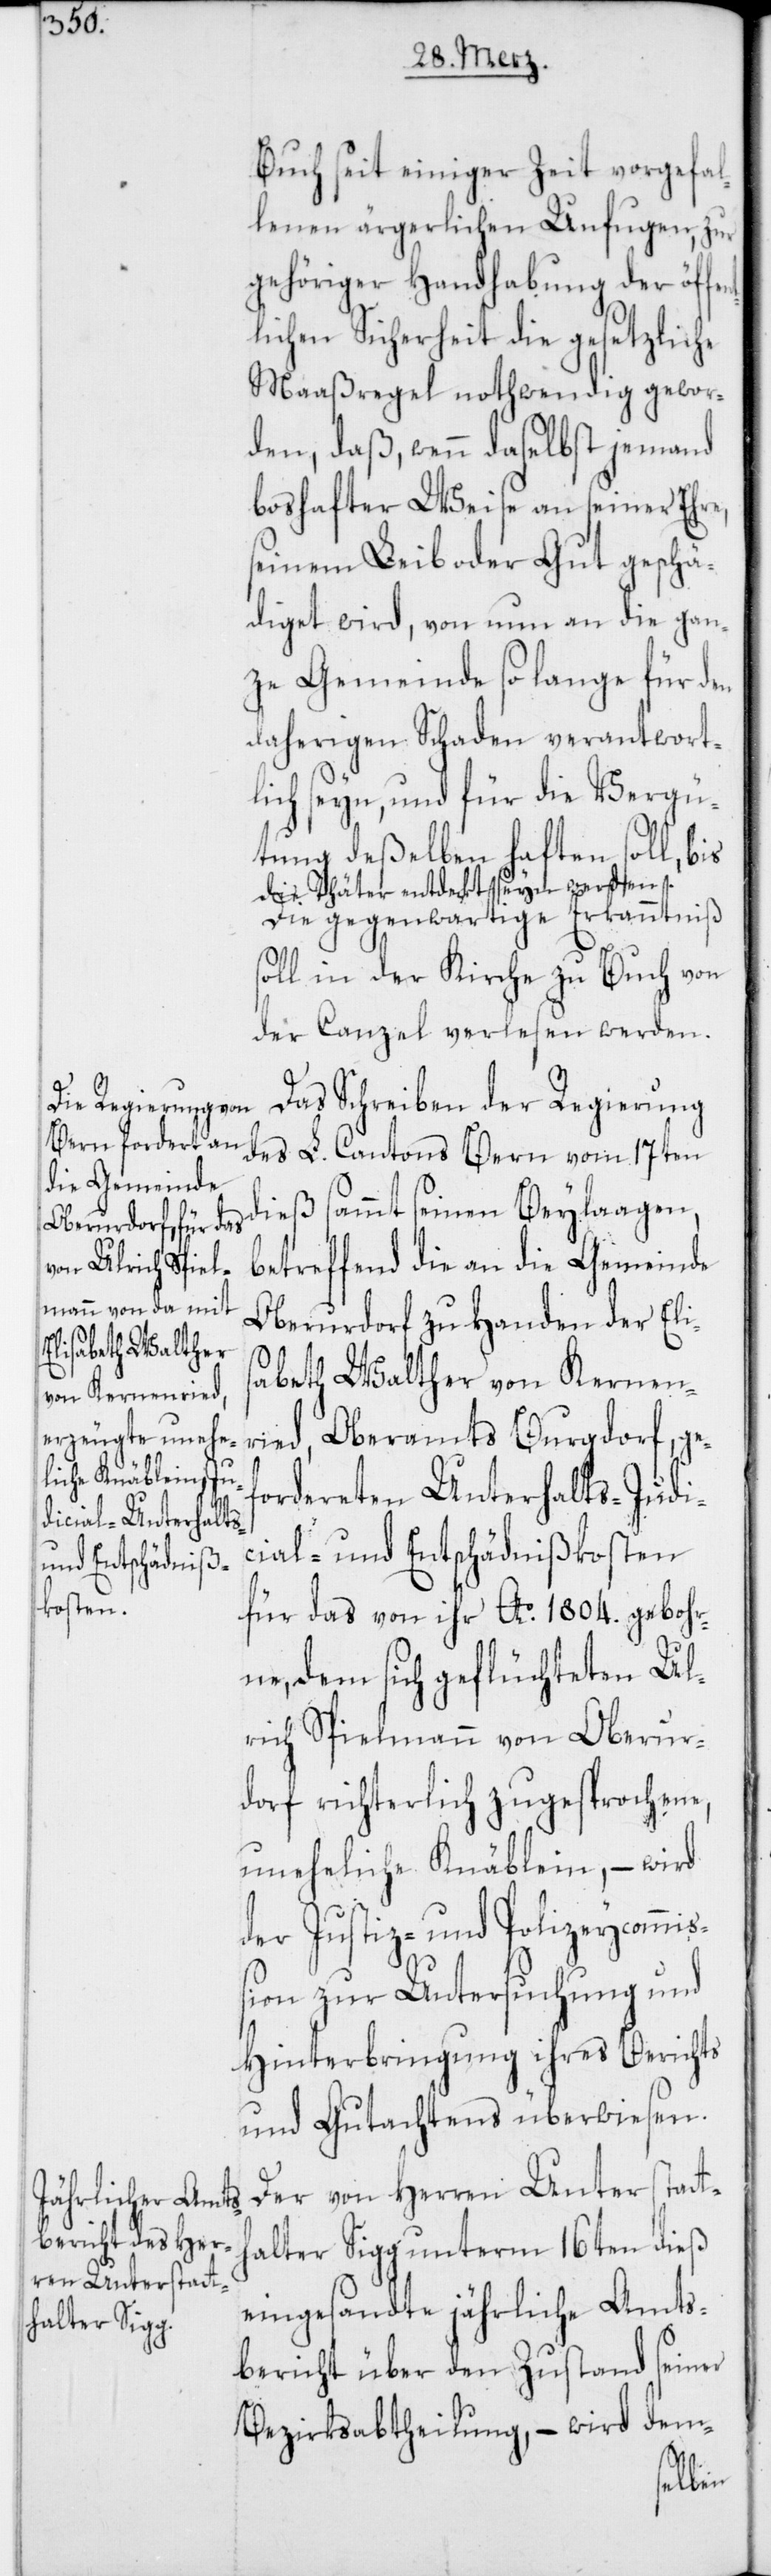
Buch seit einiger Zeit vorgefal¬
lenen ärgerlichen Unfugen, zur
gehöriger Handhabung der öffen¬
tlichen Sicherheit die gesetzliche
Maaßregel nothwendig gewor¬
den, daß, wenn daselbst jemand
boshafter Weise an seiner Ehre,
seinem Leib oder Gut geschä¬
diget wird, von nun an die gan¬
ze Gemeinde so lange für den
daherigen Schaden verantwort¬
lich seyn, und für die Vergü¬
tung deßelben haften soll, bis
die Thäter entdeckt seyn werden.
Die gegenwärtige Erkanntniß
soll in der Kirche zu Buch von
der Canzel verlesen werden.
Das Schreiben der Regierung
des L. Cantons Bern vom 17ten
dieß sammt seinen Beylagen,
betreffend die an die Gemeinde
Oberurdorf zu Handen der Eli¬
s¬
abeth Walther von Kernen¬
ried, Oberamts Burgdorf, ge¬
fordereten Unterhalts-[,] J¬
ial- und Entschädnißkosten
für das von ihr Ao 1804. gebohr¬
ne, dem sich geflüchteten Ul¬
rich Spielmann von Oberur¬
dorf richterlich zugesprochene,
uneheliche Knäblein, – wird
der Justiz- und Polizeycommi¬
ßion zur Untersuchung und
Hinterbringung ihres Berichts
und Gutachtens überwiesen.
Der von Herren Unterstatt¬
halter Sigg unterm 16ten dieß
eingesandte jährliche Amts¬
bericht über den Zustand seiner
Bezirksabtheilung, – wird dem-
udic¬